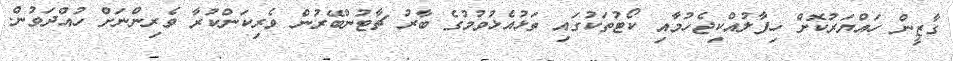
ގާޒީން ހައްޔަރުކޮށް ހިފާލުއްކިޖެހުމާއި ކޯޓުތަކުގައި ތަޅުއެޅުވުމުގެ ބާރު ޗާޓުންބޭރުން ވެރިކަންކުރާ ވެރިންނަށް ހުއްދަވުން.